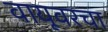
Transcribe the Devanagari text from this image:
वायूवरचा